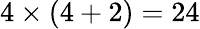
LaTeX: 4\times(4+2)=24